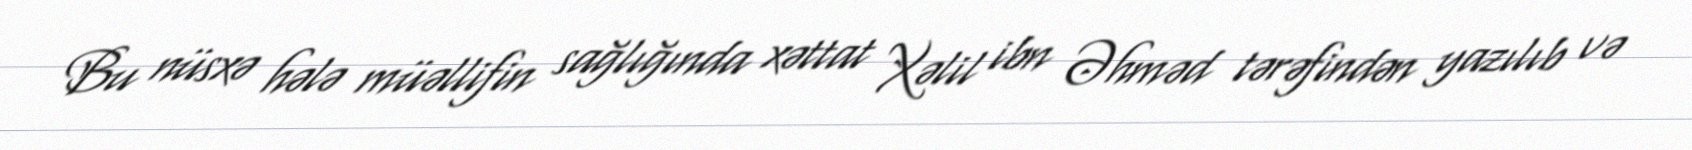
Bu nüsxə hələ müəllifin sağlığında xəttat Xəlil ibn Əhməd tərəfindən yazılıb və